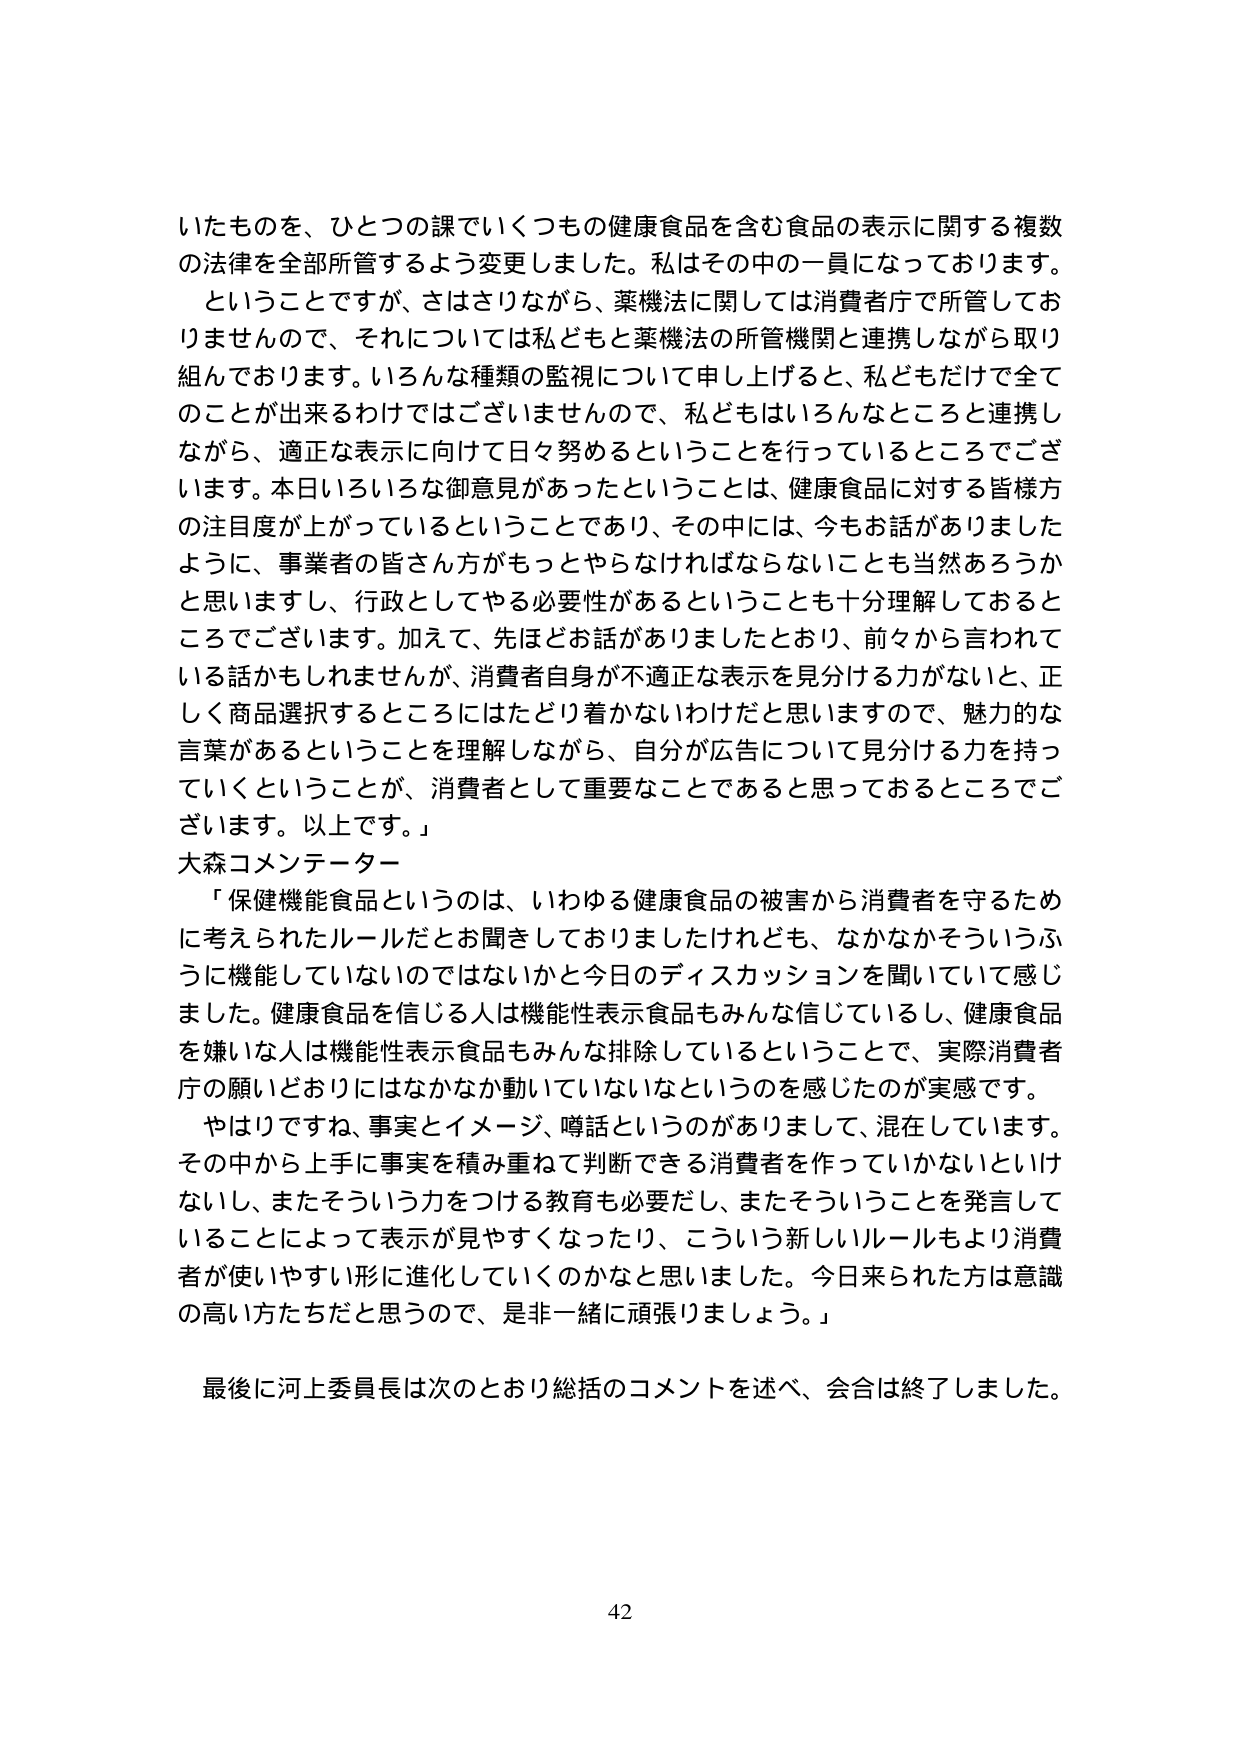
いたものを、ひとつの課でいくつもの健康食品を含む食品の表示に関する複数の法律を全部所管するよう変更しました。私はその中の一員になっております。

ということですが、さはさりながら、薬機法に関しては消費者庁で所管しておりませんので、それについては私どもと薬機法の所管機関と連携しながら取り組んでおります。いろんな種類の監視について申し上げると、私どもだけで全てのことが出来るわけではございませんので、私どもはいろんなところと連携しながら、適正な表示に向けて日々努めるということを行っているところでございます。本日いろいろな御意見があったということは、健康食品に対する皆様方の注目度が上がっているということであり、その中には、今もお話がありましたように、事業者の皆さん方がもっとやらなければならないことも当然あろうかと思いますし、行政としてやる必要性があるということも十分理解しておるところでございます。加えて、先ほどお話がありましたとおり、前々から言われている話かもしれませんが、消費者自身が不適正な表示を見分ける力がないと、正しく商品選択するところにはたどり着かないわけだと思いますので、魅力的な言葉があるということを理解しながら、自分が広告について見分ける力を持っていくということが、消費者として重要なことであると思っておるところでございます。以上です。」

大森コメンテーター

「保健機能食品というのは、いわゆる健康食品の被害から消費者を守るために考えられたルールだとお聞きしておりましたけれども、なかなかそういうふうに機能していないのではないかと今日のディスカッションを聞いていて感じました。健康食品を信じる人は機能性表示食品もみんな信じているし、健康食品を嫌いな人は機能性表示食品もみんな排除しているということで、実際消費者庁の願いどおりにはなかなか動いていないなというのを感じたのが実感です。

やはりですね、事実とイメージ、噂話というのがありまして、混在しています。その中から上手に事実を積み重ねて判断できる消費者を作っていくかしないとけないし、またそういう力をつける教育も必要だし、またそういうことを発言していることによって表示が見やすくなったり、こういう新しいルールもより消費者が使いやすい形に進化していくのかなと思いました。今日来られた方は意識の高い方たちだと思うので、是非一緒に頑張りましょう。」

最後に河上委員長は次のとおり総括のコメントを述べ、会合は終了しました。

42